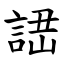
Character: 䛝